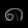
Digit: ၈